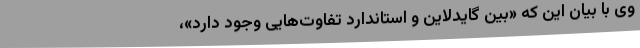
وی با بیان این که «بین گایدلاین و استاندارد تفاوت‌هایی وجود دارد»،